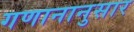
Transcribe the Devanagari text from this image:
गणानानुसार